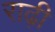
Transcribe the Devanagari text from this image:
राढ़ी